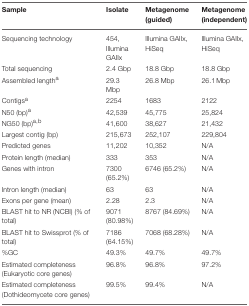
<table><thead><tr><td><b>Sample</b></td><td><b>Isolate</b></td><td><b>Metagenome (guided)</b></td><td><b>Metagenome (independent)</b></td></tr></thead><tbody><tr><td>Sequencing technology</td><td>454, Illumina GAIIx</td><td>Illumina GAIIx, HiSeq</td><td>Illumina GAIIx, HiSeq</td></tr><tr><td>Total sequencing</td><td>2.4 Gbp</td><td>18.8 Gbp</td><td>18.8 Gbp</td></tr><tr><td>Assembled length<sup>a</sup></td><td>29.3 Mbp</td><td>26.8 Mbp</td><td>26.1 Mbp</td></tr><tr><td>Contigs<sup>a</sup></td><td>2254</td><td>1683</td><td>2122</td></tr><tr><td>N50 (bp)<sup>a</sup></td><td>42,539</td><td>45,775</td><td>25,824</td></tr><tr><td>NG50 (bp)<sup>a</sup><sup>,</sup><sup>b</sup></td><td>41,600</td><td>38,627</td><td>21,432</td></tr><tr><td>Largest contig (bp)</td><td>215,673</td><td>252,107</td><td>229,804</td></tr><tr><td>Predicted genes</td><td>11,202</td><td>10,352</td><td>N/A</td></tr><tr><td>Protein length (median)</td><td>333</td><td>353</td><td>N/A</td></tr><tr><td>Genes with intron</td><td>7300 (65.2%)</td><td>6746 (65.2%)</td><td>N/A</td></tr><tr><td>Intron length (median)</td><td>63</td><td>63</td><td>N/A</td></tr><tr><td>Exons per gene (mean)</td><td>2.28</td><td>2.3</td><td>N/A</td></tr><tr><td>BLAST hit to NR (NCBI) (% of total)</td><td>9071 (80.98%)</td><td>8767 (84.69%)</td><td>N/A</td></tr><tr><td>BLAST hit to Swissprot (% of total)</td><td>7186 (64.15%)</td><td>7068 (68.28%)</td><td>N/A</td></tr><tr><td>%GC</td><td>49.3%</td><td>49.7%</td><td>49.7%</td></tr><tr><td>Estimated completeness (Eukaryotic core genes)</td><td>96.8%</td><td>96.8%</td><td>97.2%</td></tr><tr><td>Estimated completeness (Dothideomycete core genes)</td><td>99.5%</td><td>99.4%</td><td>N/A</td></tr></tbody></table>